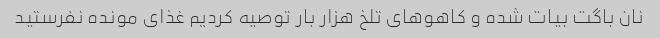
نان باگت بیات شده و کاهو‌های تلخ هزار بار توصیه کردیم غذای مونده نفرستید